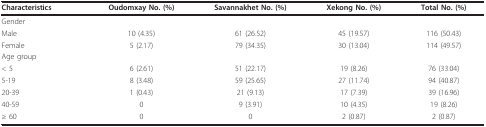
<table><thead><tr><td><b>Characteristics</b></td><td><b>Oudomxay No. (%)</b></td><td><b>Savannakhet No. (%)</b></td><td><b>Xekong No. (%)</b></td><td><b>Total No. (%)</b></td></tr></thead><tbody><tr><td>Gender</td><td></td><td></td><td></td><td></td></tr><tr><td>Male</td><td>10 (4.35)</td><td>61 (26.52)</td><td>45 (19.57)</td><td>116 (50.43)</td></tr><tr><td>Female</td><td>5 (2.17)</td><td>79 (34.35)</td><td>30 (13.04)</td><td>114 (49.57)</td></tr><tr><td>Age group</td><td></td><td></td><td></td><td></td></tr><tr><td>&lt; 5</td><td>6 (2.61)</td><td>51 (22.17)</td><td>19 (8.26)</td><td>76 (33.04)</td></tr><tr><td>5-19</td><td>8 (3.48)</td><td>59 (25.65)</td><td>27 (11.74)</td><td>94 (40.87)</td></tr><tr><td>20-39</td><td>1 (0.43)</td><td>21 (9.13)</td><td>17 (7.39)</td><td>39 (16.96)</td></tr><tr><td>40-59</td><td>0</td><td>9 (3.91)</td><td>10 (4.35)</td><td>19 (8.26)</td></tr><tr><td>≥ 60</td><td>0</td><td>0</td><td>2 (0.87)</td><td>2 (0.87)</td></tr></tbody></table>